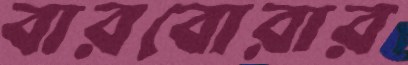
বারবোরার